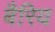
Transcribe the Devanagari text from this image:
बैरिय